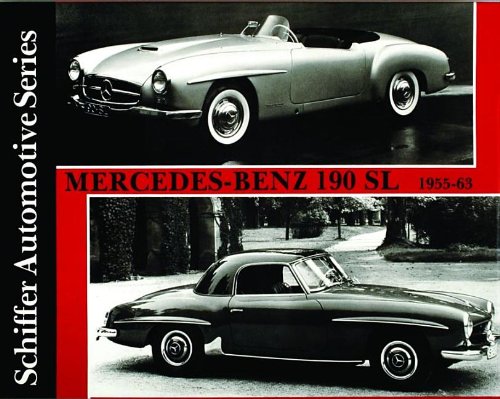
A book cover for Mercedes-Benz 190SL 1955-1963: (Schiffer Automotive); Schiffer; Engineering & Transportation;